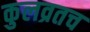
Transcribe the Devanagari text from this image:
कुलव्रतच